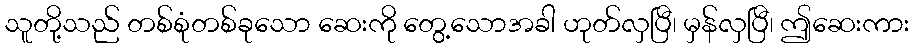
သူတို့သည် တစ်စုံတစ်ခုသော ဆေးကို တွေ့သောအခါ ဟုတ်လှပြီ၊ မှန်လှပြီ၊ ဤဆေးကား